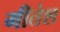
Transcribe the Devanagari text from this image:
गीतेश